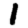
Digit: 1